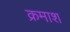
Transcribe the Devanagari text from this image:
क्रमाश